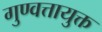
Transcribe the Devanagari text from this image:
गुण्वत्तायुक्त